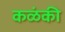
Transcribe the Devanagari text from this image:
कळंकी